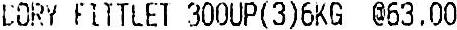
BORY FLTTLET 300UP(3)6KG @63.00